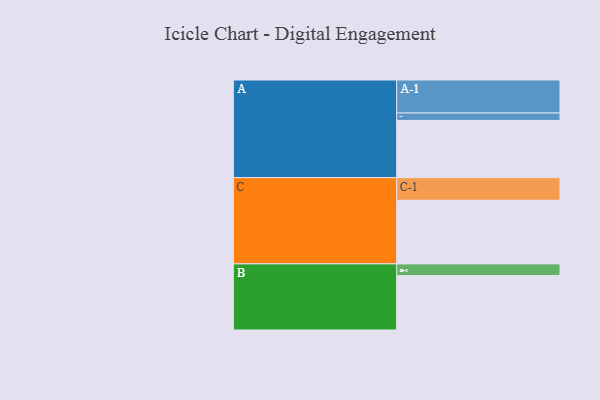
{"axis": {"x": "Segment", "y": "Value"}, "legend": ["", "A", "B", "C"], "data": [{"x": "A", "y": 508, "type": ""}, {"x": "B", "y": 483, "type": ""}, {"x": "C", "y": 565, "type": ""}, {"x": "A-1", "y": 293, "type": "A"}, {"x": "A-2", "y": 66, "type": "A"}, {"x": "B-1", "y": 104, "type": "B"}, {"x": "C-1", "y": 201, "type": "C"}]}